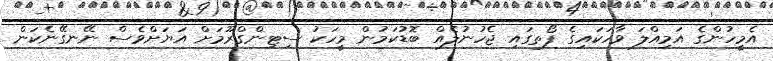
އެމީހުންގެ އަމިއްލަ ވާހަކައިގެ ފޯތގައި ޖެހުނުލެއް ބޮޑުކަމުން މީހަކު ސިޓިންގްރޫމަށް އަޔަށްވެސް ނޭނގޭނެކަން